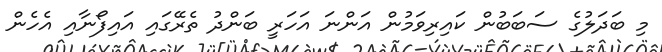
މި ބަދަލުގެ ސަބަބުން ކައިރިވަމުން އަންނަ އަހަރީ ބަންދު ތެރޭގައި އައިފޯނާއި އެހެން